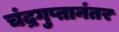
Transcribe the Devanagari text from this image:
चंद्रगुप्तानंतर